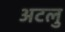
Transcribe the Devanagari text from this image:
अटलु